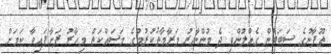
ތޫފާނުގެ ސަބަބުން ގެއްލުންވި ދެ މުންނާރު މަރާމާތުކުރުމުގެ މަސައްކަތް މިހާރު ފަށާފައިވާ ކަމަށް